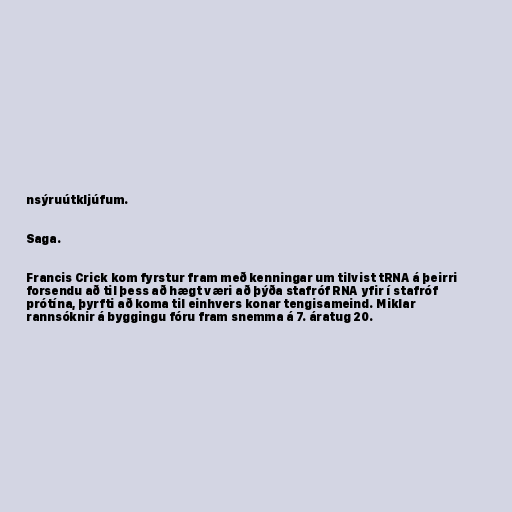
nsýruútkljúfum.

Saga.

Francis Crick kom fyrstur fram með kenningar um tilvist tRNA á þeirri
forsendu að til þess að hægt væri að þýða stafróf RNA yfir í stafróf
prótína, þyrfti að koma til einhvers konar tengisameind. Miklar
rannsóknir á byggingu fóru fram snemma á 7. áratug 20.